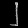
Digit: ၂